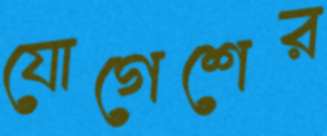
যোগেশের